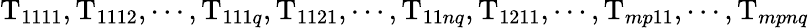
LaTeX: \mathrm{T}_{1111},\mathrm{T}_{1112},\cdots,\mathrm{T}_{111q},\mathrm{T}_{1121},\cdots,\mathrm{T}_{11nq},\mathrm{T}_{1211},\cdots,\mathrm{T}_{mp11},\cdots,\mathrm{T}_{mpnq}